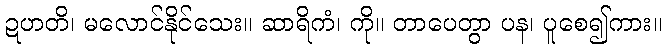
ဍဟတိ၊ မလောင်နိုင်သေး။ ဆာရိကံ၊ ကို။ တာပေတွာ ပန၊ ပူစေ၍ကား။